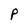
Character: P